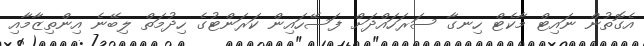
އެގޮތުން ނައިޓް މާކެޓް ހިނގާ ސަރަހައްދަށް ފަސޭހައިން ކަރަންޓުގެ ހިދުމަތް ލިބޭނެ އިންތިޒާމާއި